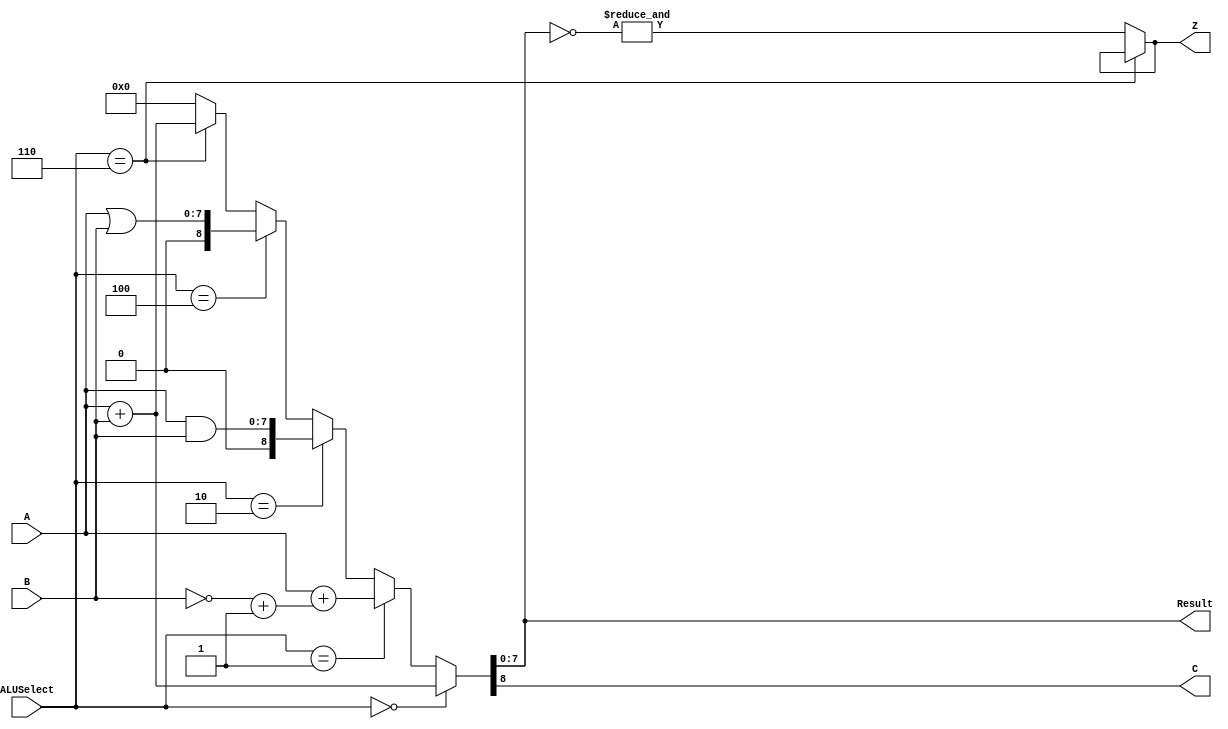
module ALU(Result,C,Z,A,B,ALUSelect);

    input [7:0]A,B;
    input [2:0]ALUSelect;
    output C,Z;
    reg Z;
    output [7:0]Result;  
    assign {C,Result} = (ALUSelect == 3'b000) ? A+B :
                        (ALUSelect == 3'b001) ? (A+(~B+1)) :
                        (ALUSelect == 3'b010) ? A & B :
                        (ALUSelect == 3'b100) ? A | B :
                        (ALUSelect == 3'b110) ? A+B :
                        {8{1'b0}};
    assign Z = (ALUSelect==3'b110 )? Z : &(~Result);
endmodule